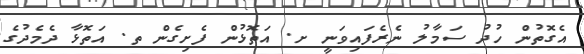
އެގޮތުން ހުދު ސަމާލު ނެރެފައިވަނީ ށ. އަތޮޅުން ފެށިގެން ތ. އަތޮޅާ ދެމެދުގެ